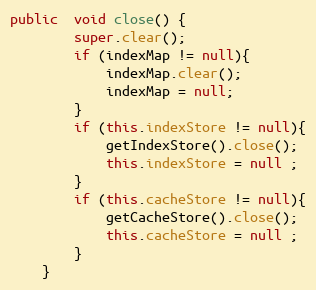
Language: Java
public  void close() {
		super.clear();
		if (indexMap != null){
			indexMap.clear();
			indexMap = null;
		}
		if (this.indexStore != null){
			getIndexStore().close();
			this.indexStore = null ;
		}
		if (this.cacheStore != null){
			getCacheStore().close();
			this.cacheStore = null ;
		}
	}